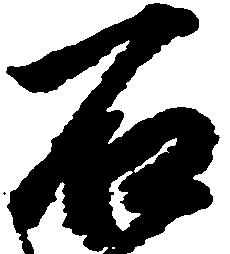
石